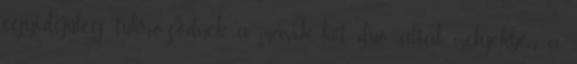
egyidejűleg tükröződnek a másik két duó által, melyekben a